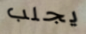
يجلب